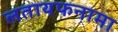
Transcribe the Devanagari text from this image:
लतायफनामा